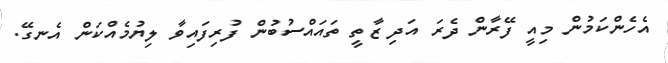
އެހެންކަމުން މިއީ ފޭރާން ދެރަ އަދި ޒާތީ ތައައްސުބުން ފުރިފައިވާ ލިޔުމެއްކަން އެނގޭ.